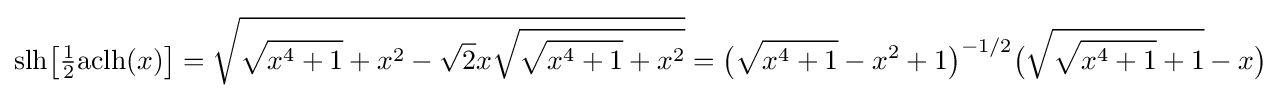
{\text{slh}}{\bigl [}{\tfrac {1}{2}}{\text{aclh}}(x){\bigr ]}={\sqrt {{\sqrt {x^{4}+1}}+x^{2}-{\sqrt {2}}x{\sqrt {{\sqrt {x^{4}+1}}+x^{2}}}}}={\bigl (}{\sqrt {x^{4}+1}}-x^{2}+1{\bigr )}^{-1/2}{\bigl (}{\sqrt {{\sqrt {x^{4}+1}}+1}}-x{\bigr )}